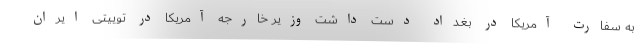
به سفارت آمریکا در بغداد دست داشت وزیر خارجه آمریکا در توییتی ایران